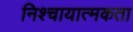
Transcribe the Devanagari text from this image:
निश्चायात्मकता